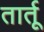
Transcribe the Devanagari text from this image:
तार्तू